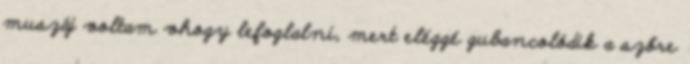
muszáj voltam vhogy lefoglalni, mert eléggé gubancolódik a szőre